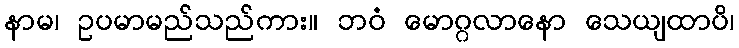
နာမ၊ ဥပမာမည်သည်ကား။ ဘဝံ မောဂ္ဂလာနော သေယျထာပိ၊